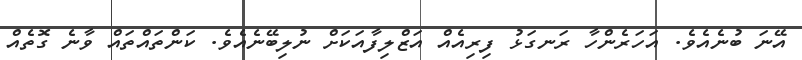
އޭނަ ބުނެއެވެ. އަހަރެންހާ ރަނގަޅު ފިރިއެއް އަޒްލިފާއަކަށް ނުލިބޭނެއެވެ. ކަންތައްތައް ވާނެ ގޮތެއް